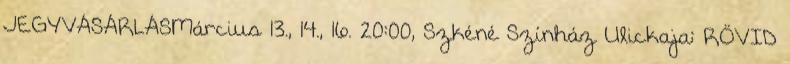
JEGYVÁSÁRLÁSMárcius 13., 14., 16. 20:00, Szkéné Színház Ulickaja: RÖVID